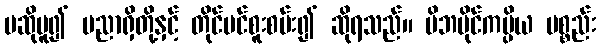
မဆိုမူ၍ ပညာရှိတို့နှင့် တိုင်ပင်စူးစမ်း၍ ဆိုရသည်။ မိဘပိုင်ကပ္ပိယ ပစ္စည်း